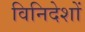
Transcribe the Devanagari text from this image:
विनिदेशों